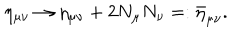
\eta _ { \mu \nu } \rightarrow \eta _ { \mu \nu } + 2 N _ { \mu } N _ { \nu } = : \bar { \eta } _ { \mu \nu } .